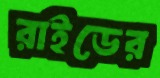
রাইডের